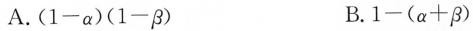
A. $$( 1 - α ) ( 1 - β )$$ B. $$1 - ( α + β )$$